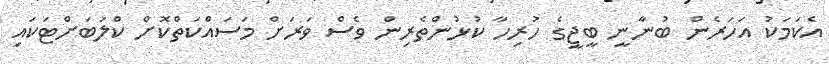
އެކަމަކު އަހަރެން ބުނާނީ ބީޖީގެ ހުރިހާ ކުޅުންތެރިން ވެސް ވަރަށް މަސައްކަތްކޮށް ކްލަބަށްޓަކައި